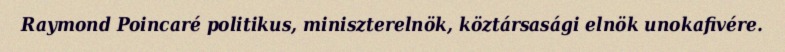
Raymond Poincaré politikus, miniszterelnök, köztársasági elnök unokafivére.